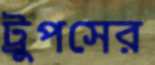
ট্রুপসের